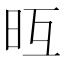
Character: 𣅥